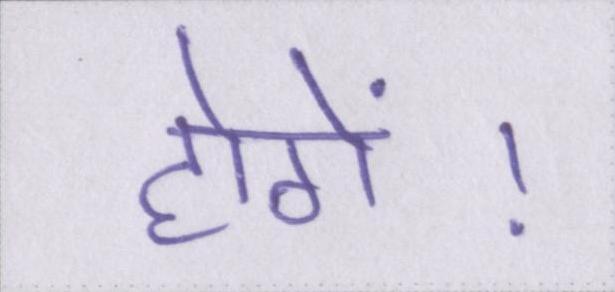
होगें।